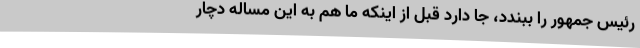
رئیس جمهور را ببندد، جا دارد قبل از اینکه ما هم به این مساله دچار